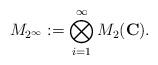
LaTeX: \begin{align*}M_{2^{\infty}}:=\bigotimes_{i=1}^{\infty} M_2(\mathbf{C}). \end{align*}